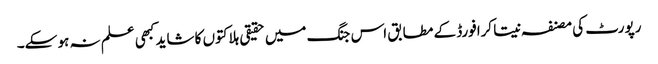
رپورٹ کی مصنفہ نیتا کرافورڈ کے مطابق اس جنگ میں حقیقی ہلاکتوں کا شاید کبھی علم نہ ہو سکے۔